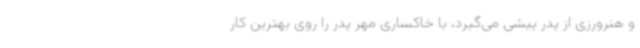
و هنرورزی از پدر پیشی می‌گیرد، با خاکساری مهر پدر را روی بهترین کار